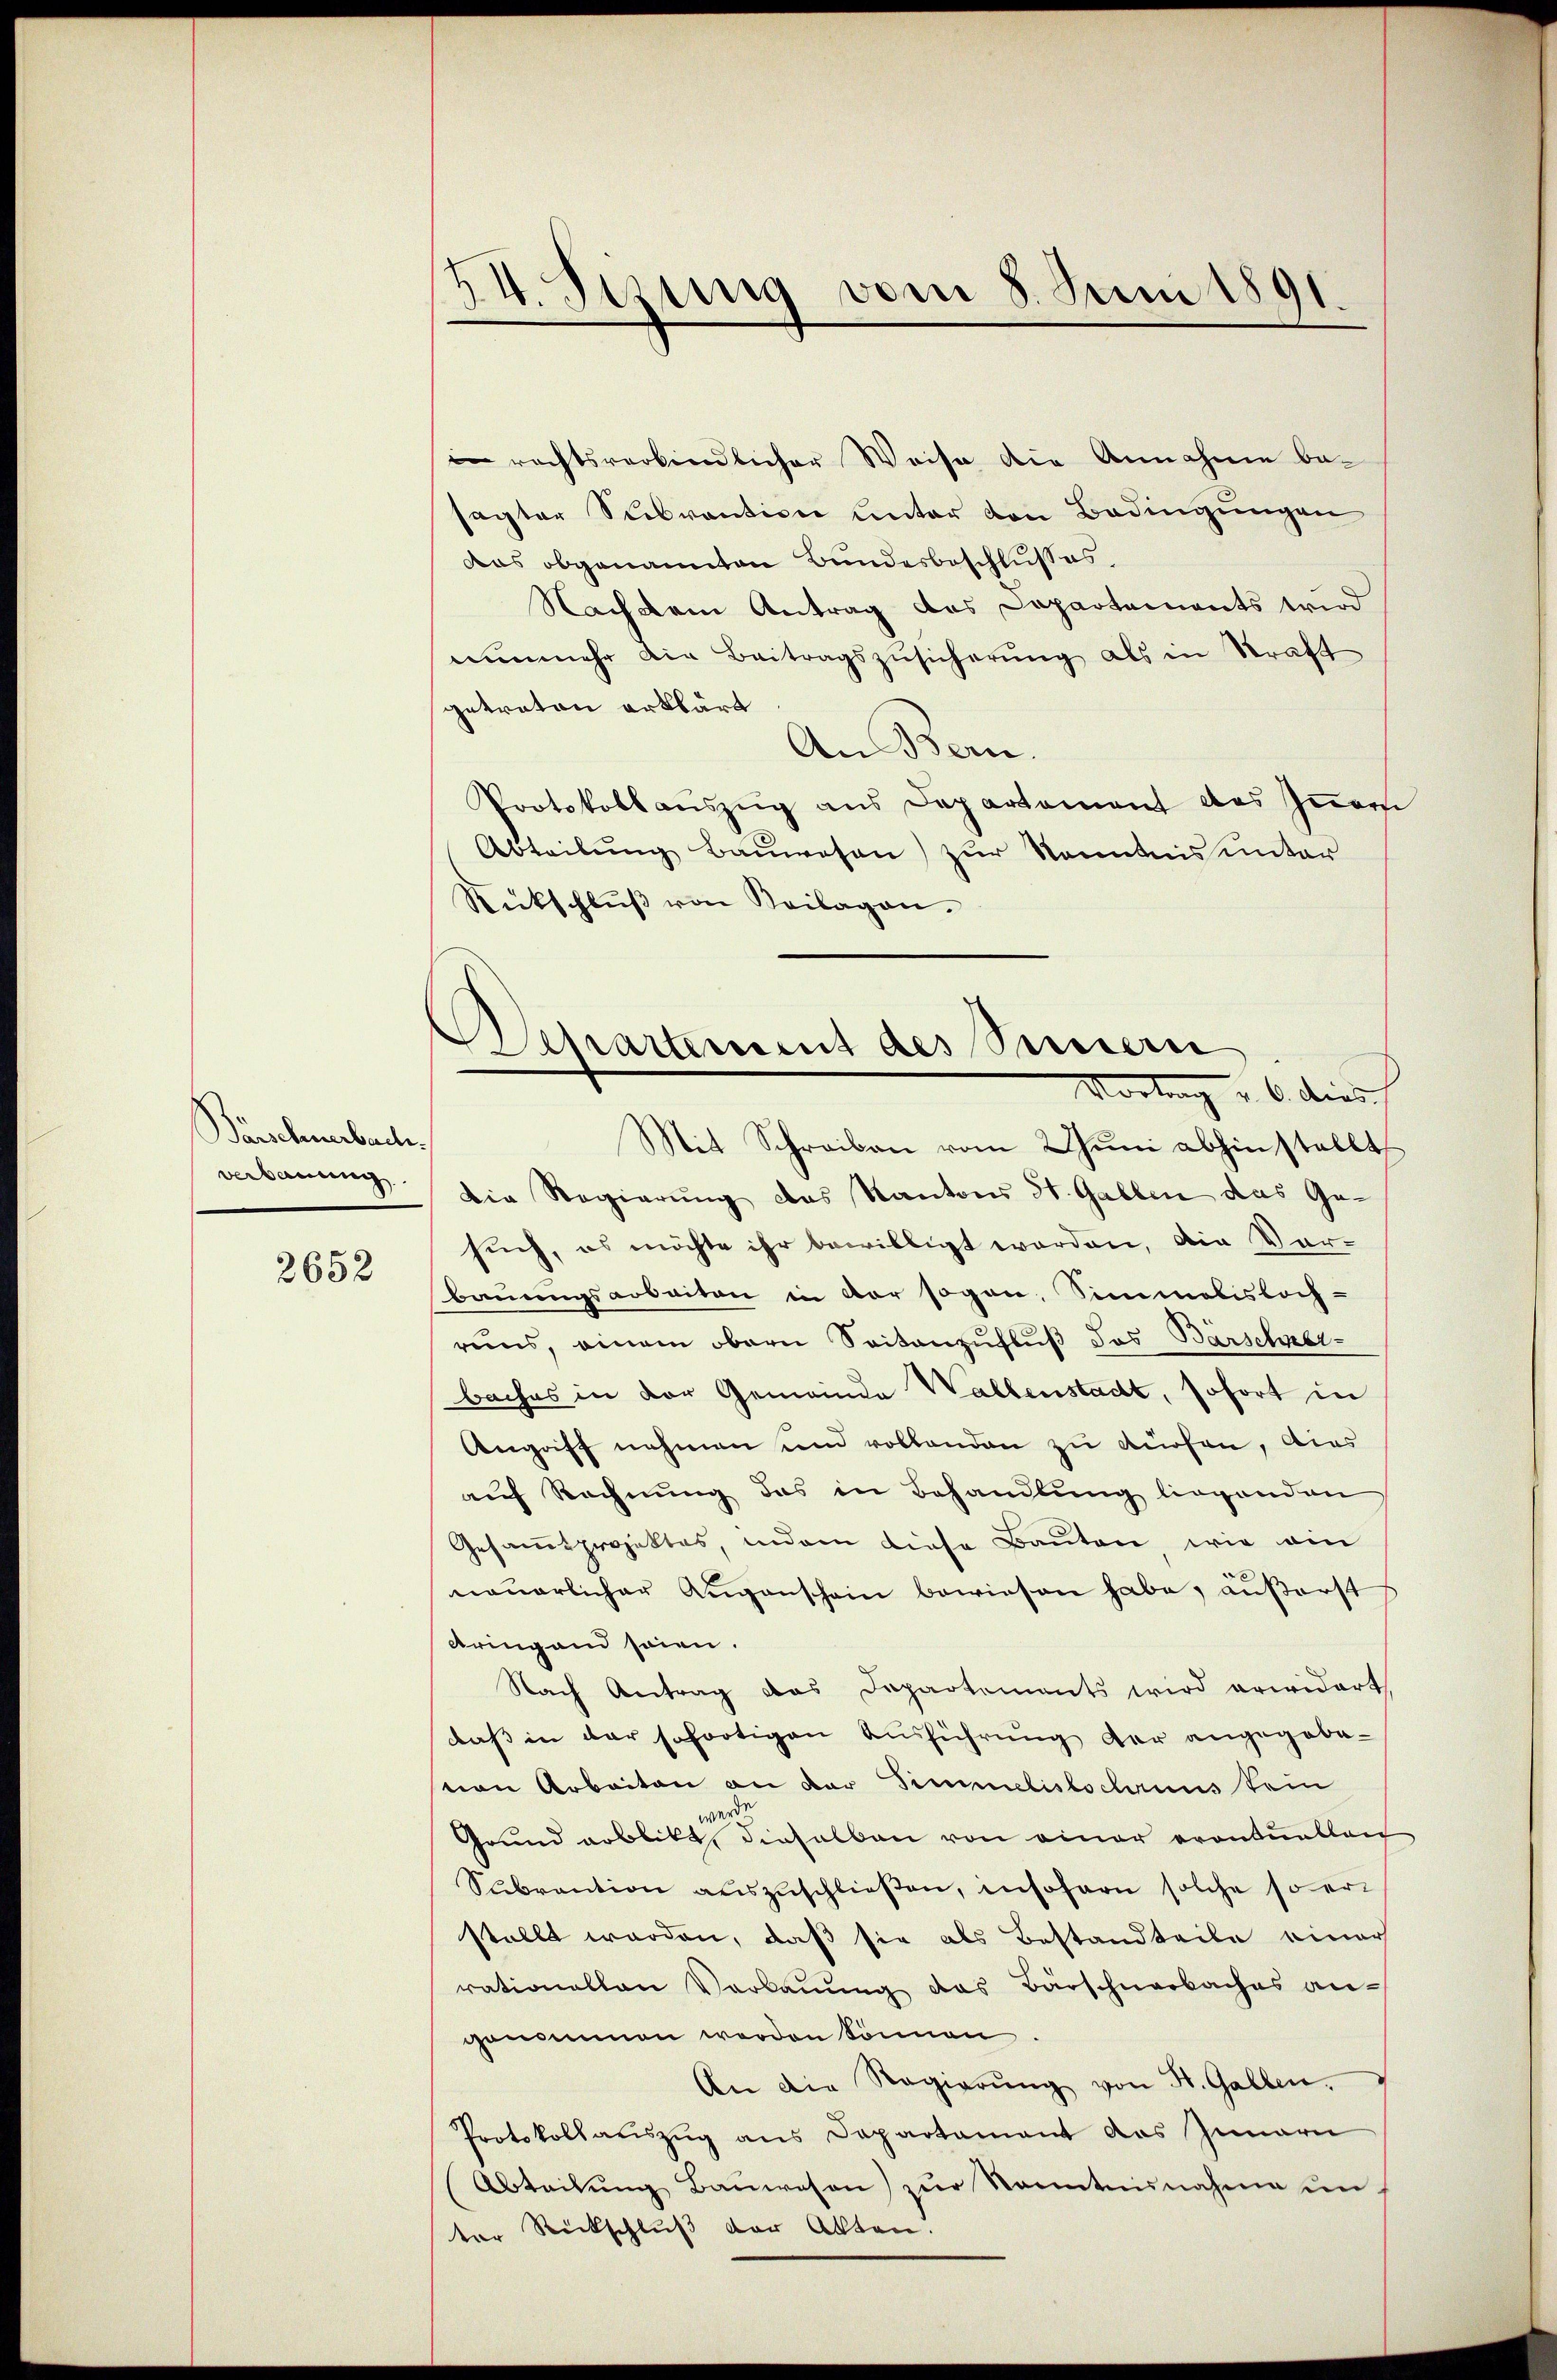
Barschnerbach.
verbauung

2652

II. Stung vom 8. Juni 1891.

Departement des Sinnern
Vortrag v. 6. dies

rechtsverbindlicher Weise die Annahme besagter Subvention unter den Bedingungen
das obgenannten Bundesbeschlusses.
Nachdem Antrag des Departements wird
nŭnmehr die Beitragszŭsicherŭng als in Straft
getreten erklärt
An Bern.
Protokoll aŭszŭg ans Departement des Iṅern
Abteilŭng Baŭwesen) zur Kenntnis unter
Rückschlŭβ von Beilagen.
Mit Schreiben vom Juni abhin stellt
die Regierung das Kantons St. Gallen das Ge-
such, es möchte ihr bewilligt worden, die Vorbaŭŭngsarbeiten in vor sogan, Simmobisloch-
rens, einem obern Seitanzufluß das Barscher-
baches in der Gemeinde Wallenstadt, sofort in
Angriff nehmen und vollenden zu dürfen, aus
auf Rechnung das in Behandlŭng liegenden
Gesamtprojektes, indem diese Bauten wie ein
nauerlicher Augenschein bewiesen habe, außerst
bringend seien.
Nach Antrag das Departements wird erwidert,
daß in der sofortigen Ausführung der angegebevon Arbeiten an der Simmelistochruus kein
werden.
Grund erblickt, dieselben von einer eventuellen
Sukrantion auszuschließen, insofern solche so er
stellt werden, daß sie als Bestandteile einer
rationallen Verbauung das Barschnerbaches angenommen werden können.
An die Regierŭng von St. Gallen.
Protokollauszug aus Departament das Innern
Abteilŭng Bauwesen) zur Kenntnunahme unter Rückschlŭβ der Akten.